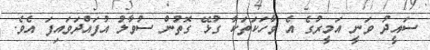
ސައީދު ވަނީ އަމީރުގެ އެ ވާހަކަތަކާ ގުޅޭ ގޮތުން ސުވާލު އުފައްދަވައިފަ އެވެ.